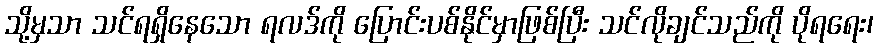
သို့မှသာ သင်ရရှိနေသော ရလဒ်ကို ပြောင်းပစ်နိုင်မှာဖြစ်ပြီး သင်လိုချင်သည်ကို ပိုရရေး၊